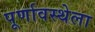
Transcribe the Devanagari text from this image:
पूर्णावस्थेला